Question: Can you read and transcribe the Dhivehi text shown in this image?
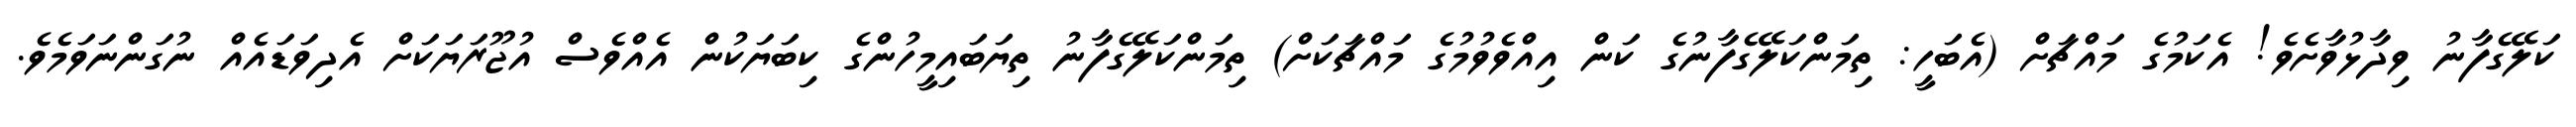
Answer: ކަލޭގެފާނު ވިދާޅުވާށެވެ! އެކަމުގެ މައްޗަށް (އެބަހީ: ތިމަންކަލޭގެފާނުގެ ކަން އިއްވެވުމުގެ މައްޗަކަށް) ތިމަންކަލޭގެފާނު ތިޔަބައިމީހުންގެ ކިބަޔަކުން އެއްވެސް އުޖޫރަޔަކަށް އެދިވަޑައެއް ނުގަންނަވަމެވެ.